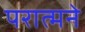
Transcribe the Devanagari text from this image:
परात्मने